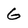
Character: 6